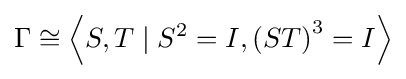
\Gamma \cong \left\langle S,T\mid S^{2}=I,\left(ST\right)^{3}=I\right\rangle